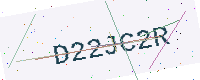
Text: D22JC2R